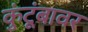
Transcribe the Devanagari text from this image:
कुंटूंबावर